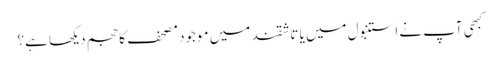
کبھی آپ نے استنبول میں یا تاشقند میں موجود مصحف کا حجم دیکھا ہے؟